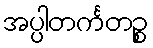
အပ္ပါတင်္ကတဉ္စ